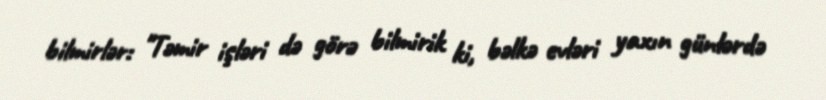
bilmirlər: "Təmir işləri də görə bilmirik ki, bəlkə evləri yaxın günlərdə